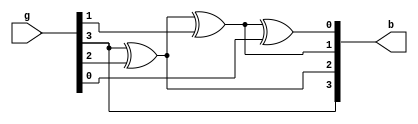
// Code your design here
module gray_binary (b,g);

  input [3:0]g;
  output reg [3:0]b;

always @(*) begin 
  
  b[0]=b[1]^g[0];   
  b[1]=b[2]^g[1];
  b[2]=b[3]^g[2];
  b[3]=g[3];

end 

endmodule